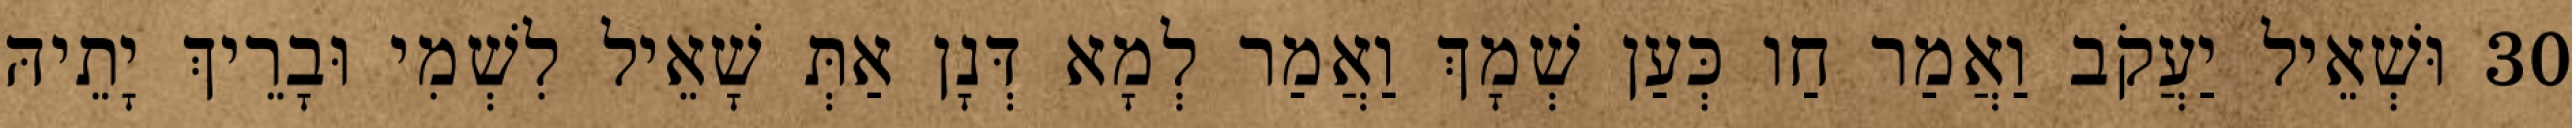
30 וּשְׁאֵיל יַעֲקֹב וַאֲמַר חַו כְּעַן שְׁמָךְ וַאֲמַר לְמָא דְּנָן אַתְּ שָׁאֵיל לִשְׁמִי וּבָרֵיךְ יָתֵיהּ